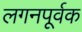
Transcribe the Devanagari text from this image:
लगनपूर्वक